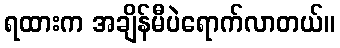
ရထားက အချိန်မီပဲရောက်လာတယ်။